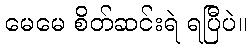
မေမေ စိတ်ဆင်းရဲ ရပြီပဲ။